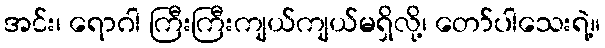
အင်း၊ ရောဂါ ကြီးကြီးကျယ်ကျယ်မရှိလို့၊ တော်ပါသေးရဲ့။